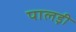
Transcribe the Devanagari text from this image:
पालड़ी